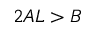
2 A L > B